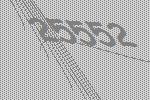
25552